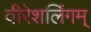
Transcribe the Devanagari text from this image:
वीरेशलिंगम्